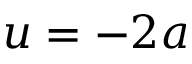
u = - 2 a